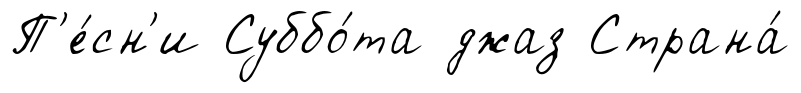
П'е́сн'и Суббо́та джаз Страна́